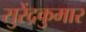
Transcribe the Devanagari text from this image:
सुरेंद्रकुमार